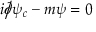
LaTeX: i { \partial \! \! \! { \big / } } \psi _ { c } - m \psi = 0